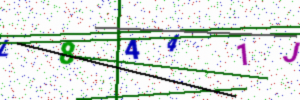
Text: L8441J